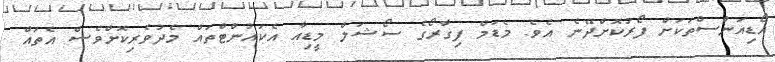
އޯޑިއަންސްތަކަށް ފޯރުކޮށްދޭނެ އެވެ. މެޑަމް ފިގާރޯގެ ސޯޝަލް މީޑިއާ އެކައުންޓްތައް މެދުވެރިކޮށްވެސް އެތައް